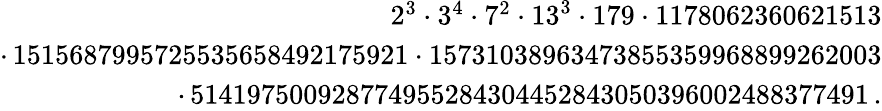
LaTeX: \begin{array}{r}{2^{3}\cdot 3^{4}\cdot 7^{2}\cdot 13^{3}\cdot 179\cdot 1178062360621513}\\ {\cdot\, 1515687995725535658492175921\cdot 15731038963473855359968899262003}\\ {\cdot\, 514197500928774955284304452843050396002488377491\, .}\end{array}